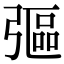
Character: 彄